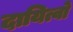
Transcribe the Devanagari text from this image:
दायित्वो